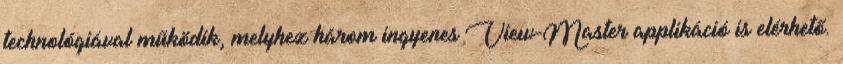
technológiával működik, melyhez három ingyenes View-Master applikáció is elérhető.